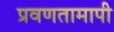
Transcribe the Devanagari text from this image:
प्रवणतामापी